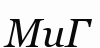
МиГ